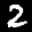
Label: 2